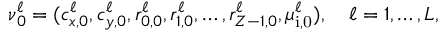
\begin{array} { r } { \ensuremath { \boldsymbol \nu } _ { 0 } ^ { \ell } = ( c _ { x , 0 } ^ { \ell } , c _ { y , 0 } ^ { \ell } , r _ { 0 , 0 } ^ { \ell } , r _ { 1 , 0 } ^ { \ell } , \ldots , r _ { Z - 1 , 0 } ^ { \ell } , \mu _ { \mathrm { i , 0 } } ^ { \ell } ) , \quad \ell = 1 , \ldots , L , } \end{array}